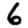
Digit: 6